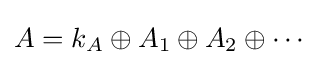
A=k_{A}\oplus A_{1}\oplus A_{2}\oplus \cdots